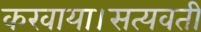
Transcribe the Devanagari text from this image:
करवाया।सत्यवती